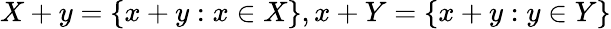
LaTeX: X+y=\{ x+y:x\in X\} ,x+Y=\{ x+y:y\in Y\}